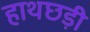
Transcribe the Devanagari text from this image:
हाथछड़ी